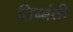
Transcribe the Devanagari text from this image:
तिब्बंती